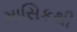
માસિકથી